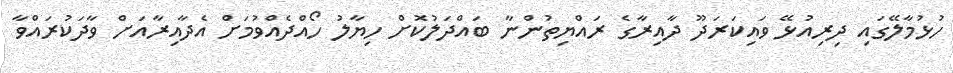
ހުޅުމާލޭގައި ދިރިއުޅޭ ވައިކަރަދޫ ދާއިރާގެ ރައްޔިތުންނާ ބައްދަލުކޮށް ހިޔާލު ހޯއްދެއްވުމަށް އެދާއިރާއަށް ވާދަކުރައްވާ